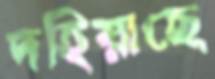
দহিয়াছে